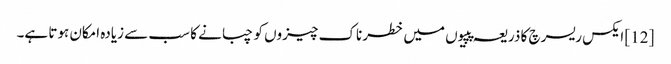
[12] ایکس ریسرچ کا ذریعہ پپیوں میں خطرناک چیزوں کو چبانے کا سب سے زیادہ امکان ہوتا ہے۔